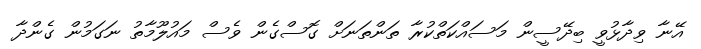
އޭނާ ވިދާޅުވީ ބިދޭސީން މަސައްކަތްކުރާ ތަންތަނަށް ގޮސްގެން ވެސް މައުލޫމާތު ނަގަމުން ގެންދާ